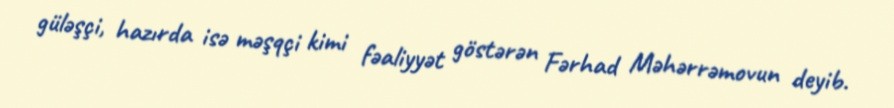
güləşçi, hazırda isə məşqçi kimi fəaliyyət göstərən Fərhad Məhərrəmovun deyib.